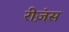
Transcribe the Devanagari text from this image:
रीज़ंस